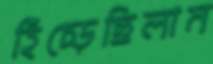
হিঁচ্‌ড়েছিলাম